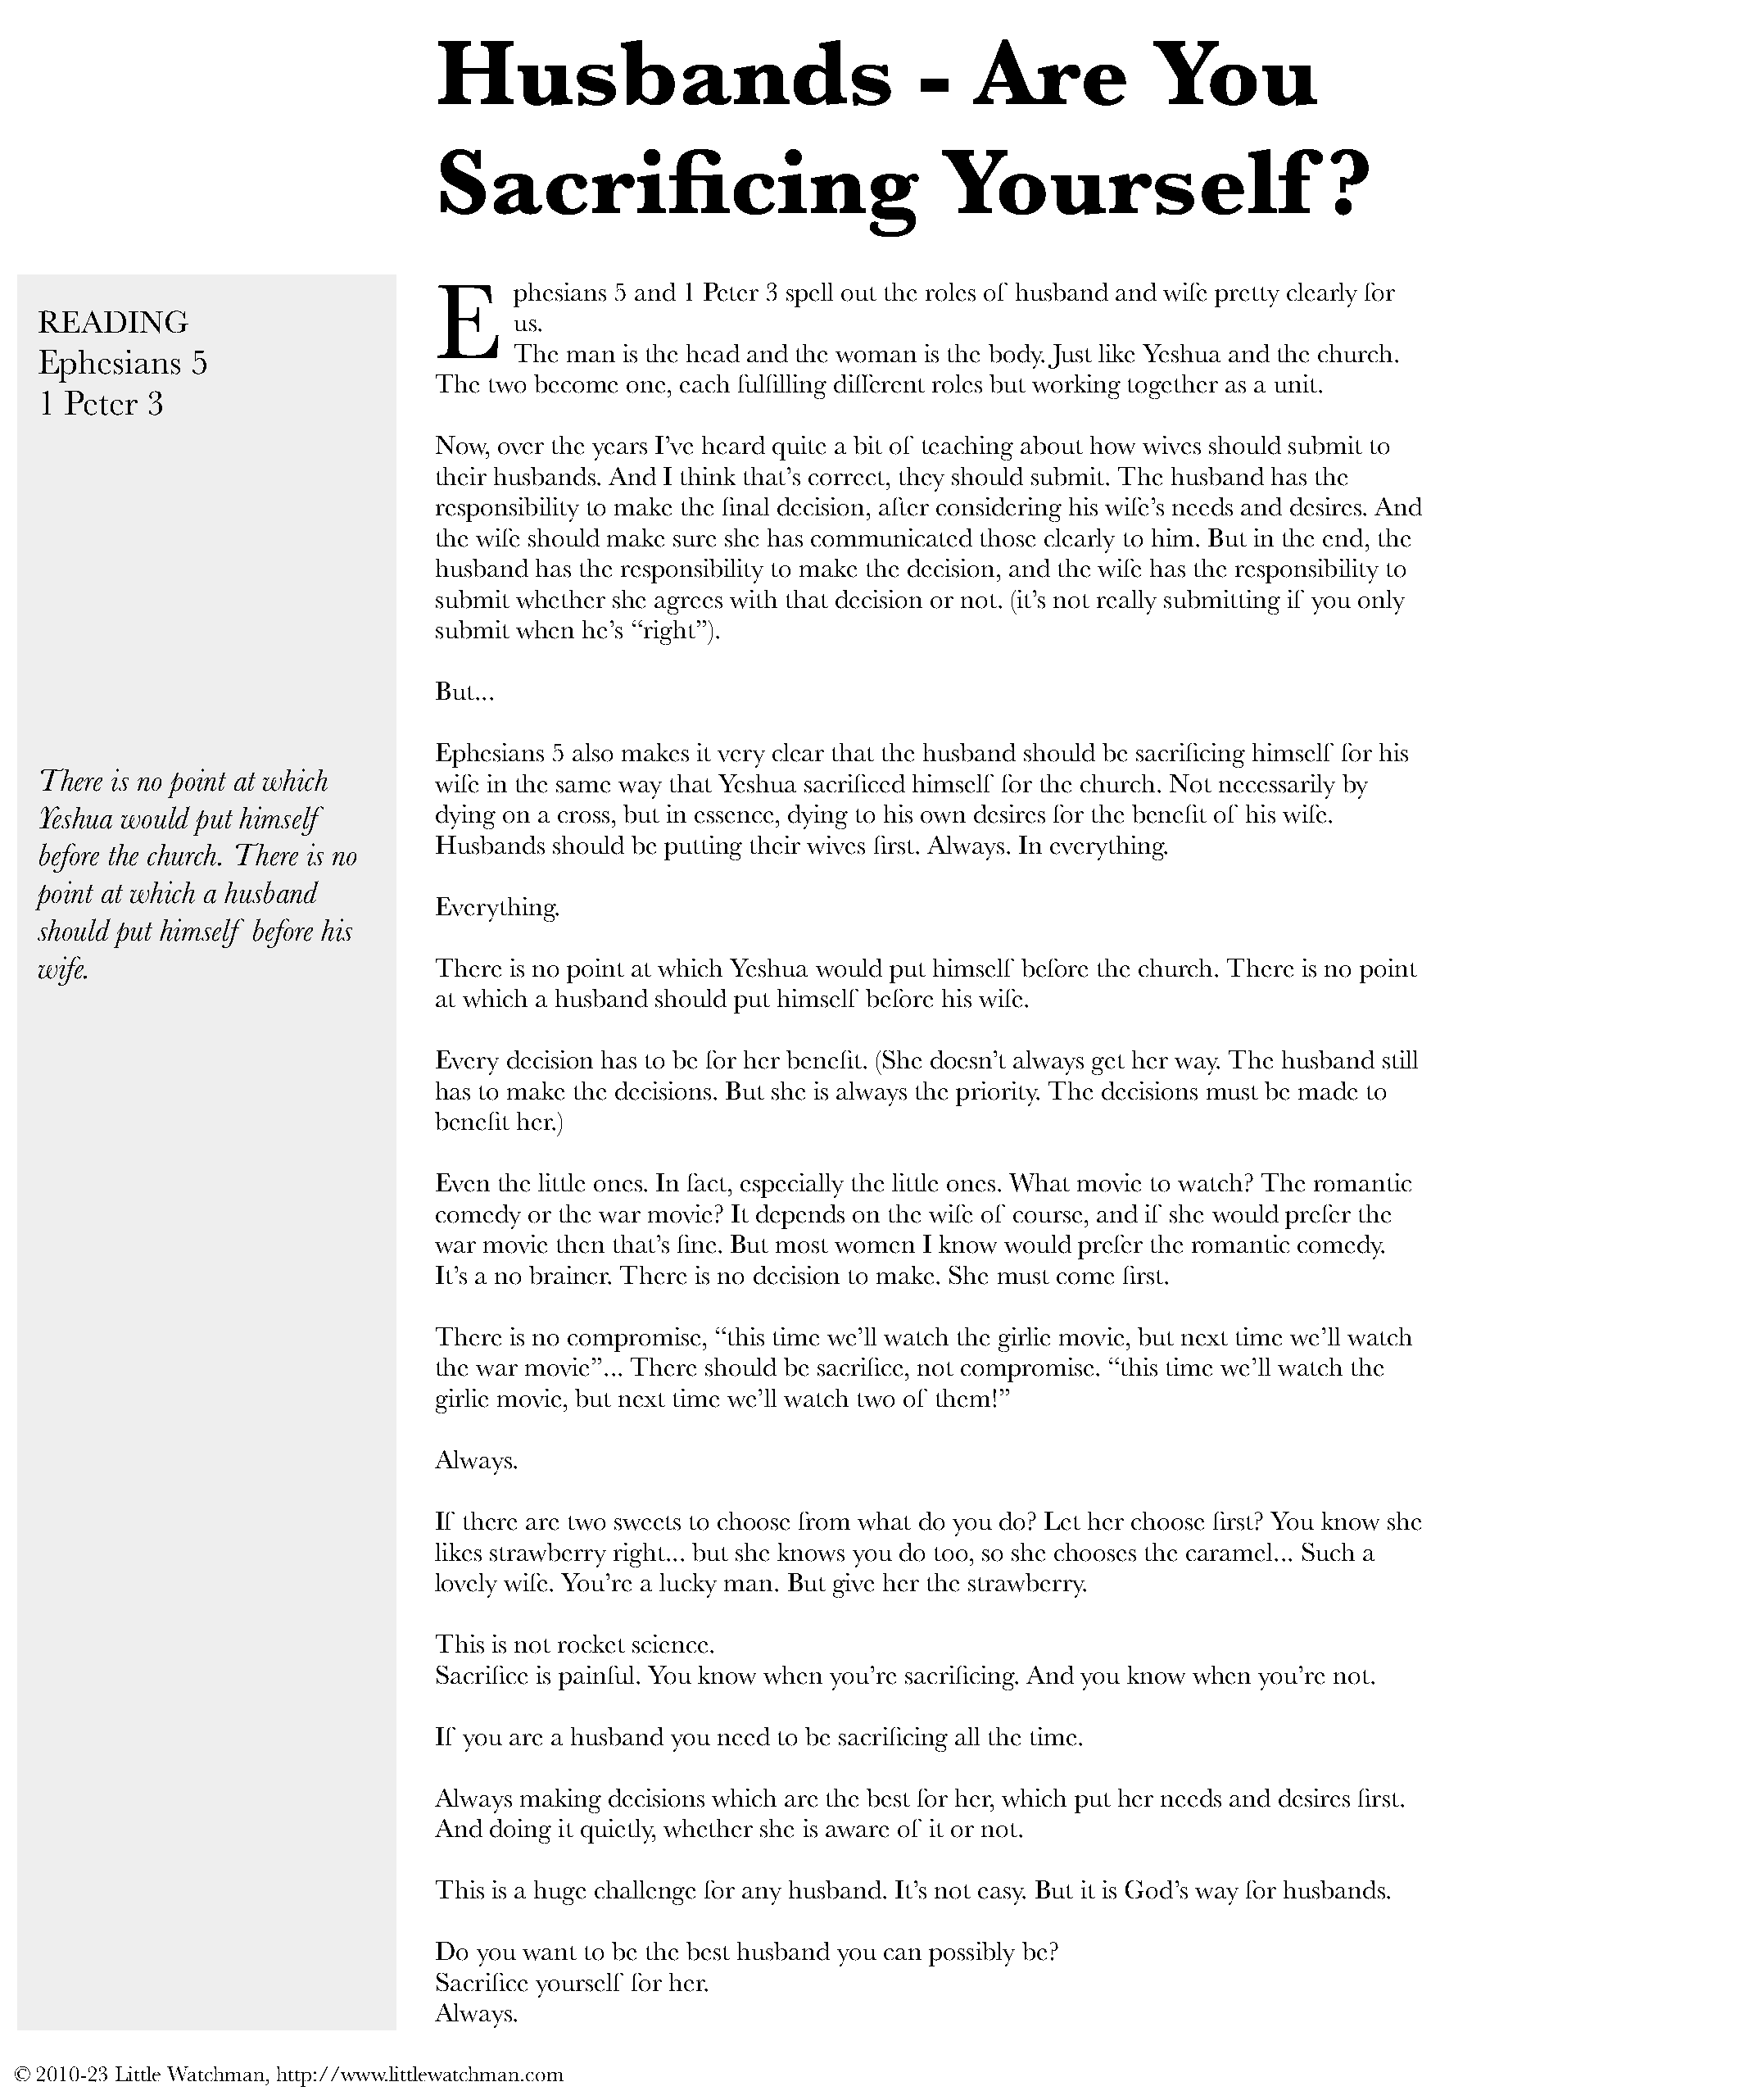
Husbands                               -    Are           You
 Sacrificing                              Yourself                       ?
 E      phesians 5 and 1 Peter 3 spell out the roles of husband and wife pretty clearly for
 READING                                us.
 The man is the head and the woman is the body. Just like Yeshua and the church.
 Ephesians   5
 The two become  one, each fulfilling different roles but working together as a unit.
 1 Peter  3
 Now, over the years I’ve heard quite a bit of teaching about how wives should submit to
 their husbands. And I think that’s correct, they should submit. The husband has the
 responsibility to make the final decision, after considering his wife’s needs and desires. And
 the wife should make sure she has communicated those clearly to him. But in the end, the
 husband has the responsibility to make the decision, and the wife has the responsibility to
 submit whether she agrees with that decision or not. (it’s not really submitting if you only
 submit when he’s “right”).
 But...
 Ephesians 5 also makes it very clear that the husband should be sacrificing himself for his
 There is no point at which
 wife in the same way that Yeshua sacrificed himself for the church. Not necessarily by
 Yeshua would put himself        dying on a cross, but in essence, dying to his own desires for the benefit of his wife.
 Husbands  should be putting their wives first. Always. In everything.
 before the church. There is no
 point at which a husband
 Everything.
 should put himself before his
 wife.                           There is no point at which Yeshua would put himself before the church. There is no point
 at which a husband should put himself before his wife.
 Every decision has to be for her benefit. (She doesn’t always get her way. The husband still
 has to make the decisions. But she is always the priority. The decisions must be made to
 benefit her.)
 Even the little ones. In fact, especially the little ones. What movie to watch? The romantic
 comedy  or the war movie? It depends on the wife of course, and if she would prefer the
 war movie then that’s fine. But most women I know would prefer the romantic comedy.
 It’s a no brainer. There is no decision to make. She must come first.
 There is no compromise, “this time we’ll watch the girlie movie, but next time we’ll watch
 the war movie”... There should be sacrifice, not compromise. “this time we’ll watch the
 girlie movie, but next time we’ll watch two of them!”
 Always.
 If there are two sweets to choose from what do you do? Let her choose first? You know she
 likes strawberry right... but she knows you do too, so she chooses the caramel... Such a
 lovely wife. You’re a lucky man. But give her the strawberry.
 This is not rocket science.
 Sacrifice is painful. You know when you’re sacrificing. And you know when you’re not.
 If you are a husband you need to be sacrificing all the time.
 Always making decisions which are the best for her, which put her needs and desires first.
 And  doing it quietly, whether she is aware of it or not.
 This is a huge challenge for any husband. It’s not easy. But it is God’s way for husbands.
 Do  you want to be the best husband you can possibly be?
 Sacrifice yourself for her.
 Always.
 © 2010-23 Little Watchman, http://www.littlewatchman.com